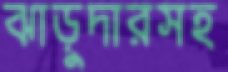
ঝাড়ুদারসহ